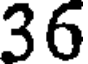
36